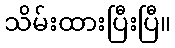
သိမ်းထားပြီးပြီ။